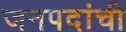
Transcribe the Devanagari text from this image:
जनपदांची